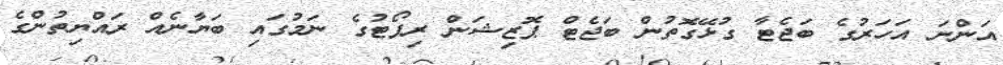
އަންނަ އަހަރުގެ ބަޖެޓާ ގުޅޭގޮތުން ބަޖެޓް ޕޮޒިޝަން ރިޕޯޓުގެ ނަމުގައި ބަޔާނެއް ރައްޔިތުންގެ